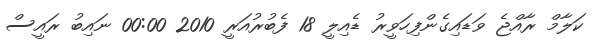
ކަލާމް ރާއްޖެ ވަޑައިގެންފިހަވީރު ޑެއިލީ 18 ފެބުރުއަރީ 2010 00:00 ނައިބު ރައީސް